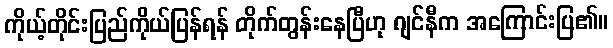
ကိုယ့်တိုင်းပြည်ကိုယ်ပြန်ရန် တိုက်တွန်းနေပြီဟု ဂျင်နီက အကြောင်းပြ၏။